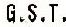
G.S.T.